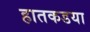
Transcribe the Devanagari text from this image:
हातकडया